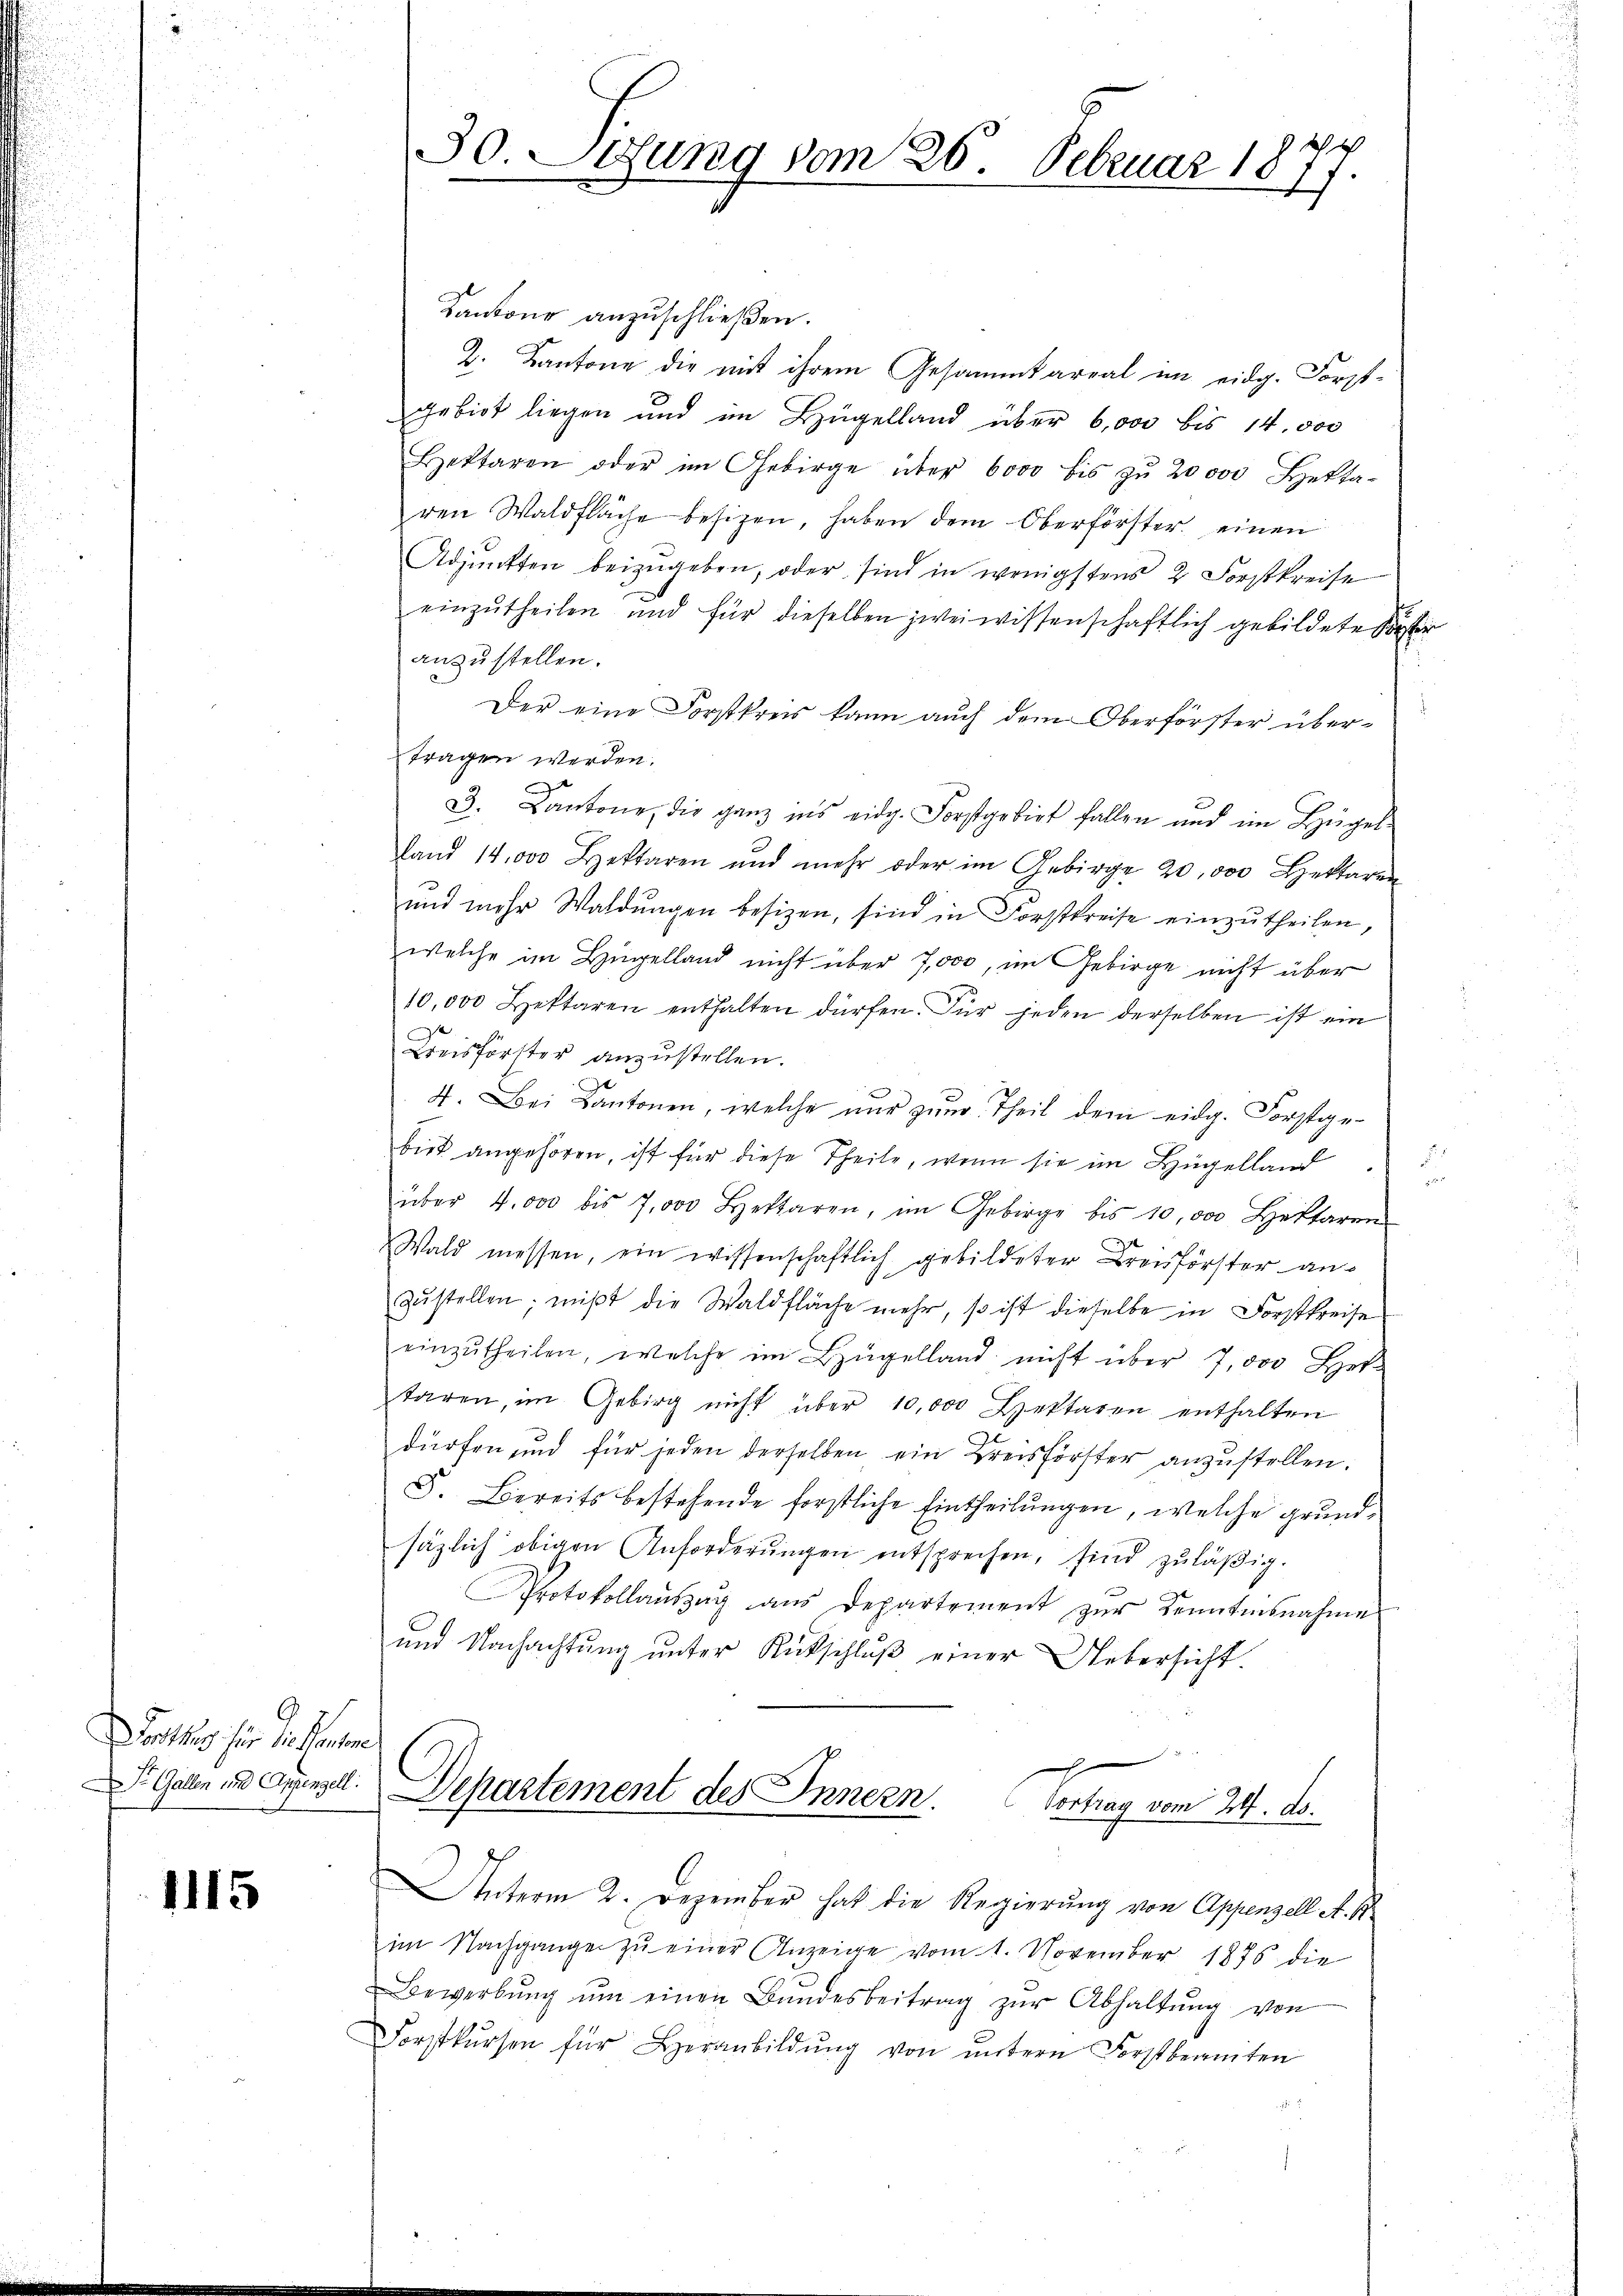
Dottes hier die Ent

1115

30. Setzung vom 26. Februar 1877.

Kantone anzuschließen.
2. Kantone die mit ihrem Gesammtareal im eidg. Forst-
gebiet liegen und im Hügelland über 6,000 bis 14. 500
Bettaren oder im Gebirge über 6000 bis zu 20000 Hettaren Waldfläche besizen, haben dem Oberförster einen
Adjunkten beizŭgeben, oder sind in wenigstens 2 Forstkreise
einzŭtheilen und für dieselben zwei wissenschaftlich gebildete Kopfer
anzustellen.
Der eine Forstkreis kann auch dem Oberförster über-
tragen werden.
3. Cantone, die ganz ins eidg. Forstgebiet fallen und im Hügel
land 14,000 Beklaren und mehr oder im Gebirge 20,000 Bettaren
und mehr Waldungen besizen, sind in Forstkreise einzŭtheilen,
welche im Hügelland nicht über 7,000, im Gebirge nicht über
10,000 Bettaren enthalten dürfen. Für jeden derselben ist ein
Kreisförster anzustellen.
4. Bei Kantonen, welche nur zum Theil dem eidg. Forstgebist angehören, ist für diese Theile, wenn sie im Hügelland
u
über 4,000 bis 7,000 Seren, im Gebirge bis 10,000 Hettaren
Wald messen, ein wissenschaftlich gebildeter Kreisförster an-
zustellen; mißt die Waldfläche mehr, so ist dieselbe in Forstkreise
einzŭtheilen, welche im Bügelland nicht über 7,000 Het-
taren, im Gebirg nicht über 10,000 Bettaren enthalten
dürfen und für jeden derselben ein Kreisförster anzustellen.
S. Bereits bestehende forstliche Eintheilungen, welche grundsäzlich obigen Anforderŭngen entsprechen, sind zuläßig.
Protokollaŭszŭg aŭs departement zŭr Kenntesnahme
und Nachachtŭng ŭnter Rückschlŭβ einer Uebersicht.
d
S. Galen in Opprsdt. Departement des Innern. Vortrag vom 24. ds.

Unterm 2. Dezember hat die Regierung von Appenzell A. B.
im Nachgange zu einer Anzeige vom 1. November 1876 die
Bewerbŭng ŭm einen Bandesbeitrag zŭr Abhaltŭng von
Forstkŭrsen für Heranbildŭng von ŭntern Forstbeamten

1